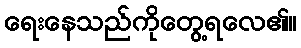
ရေးနေသည်ကိုတွေ့ရလေ၏။